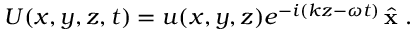
U ( x , y , z , t ) = u ( x , y , z ) e ^ { - i ( k z - \omega t ) } \, { \hat { \mathbf { x } } } \; .